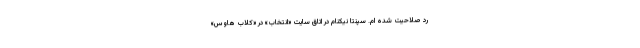
رد صلاحیت شده ام. سپنتا نیکنام در اتاق سایت «انتخاب» در «کلاب هاوس»